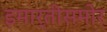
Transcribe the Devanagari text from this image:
इमार्तीसमोर